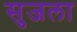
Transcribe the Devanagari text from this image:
सुजला